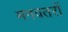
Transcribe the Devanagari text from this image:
मनवतरों